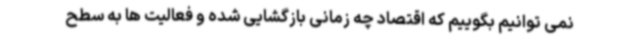
نمی توانیم بگوییم که اقتصاد چه زمانی بازگشایی شده و فعالیت ها به سطح